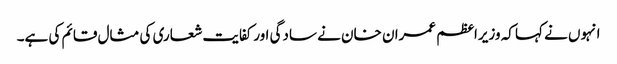
انہوں نے کہا کہ وزیراعظم عمران خان نے سادگی اورکفایت شعاری کی مثال قائم کی ہے۔